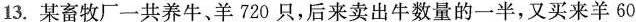
13.某畜牧厂一共养牛、羊720只，后来卖出牛数量的一半，又买来羊60